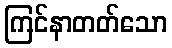
ကြင်နာတတ်သော